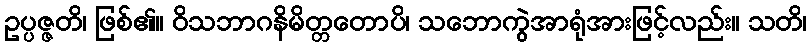
ဥပ္ပဇ္ဇတိ၊ ဖြစ်၏။ ဝိသဘာဂနိမိတ္တတောပိ၊ သဘောကွဲအာရုံအားဖြင့်လည်း။ သတိ၊